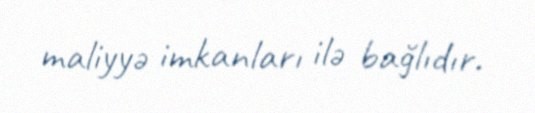
maliyyə imkanları ilə bağlıdır.